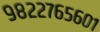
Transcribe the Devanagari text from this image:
९८२२७६५६०१